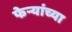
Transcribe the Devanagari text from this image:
फेऱ्यांच्या